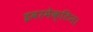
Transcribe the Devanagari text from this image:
इवरमेक्टिन।